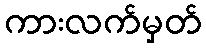
ကားလက်မှတ်